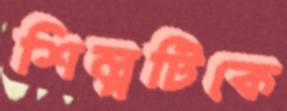
শিল্পটিকে